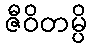
ဇီဝိတမ္ပိ